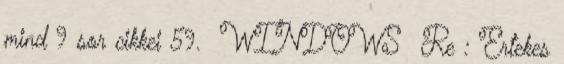
mind 9 sor cikkei 59. WINDOWS Re : Ertekes